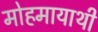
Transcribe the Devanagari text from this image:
मोहमायाथी